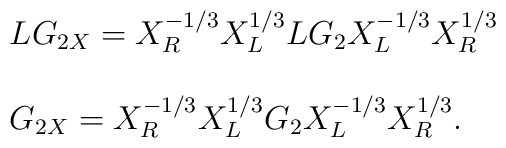
\begin{array}{l}LG_{2X} =X^{-1/3}_{R}X^{1/3}_{L}LG_{2}X^{-1/3}_{L}X^{1/3}_{R} \\ \\G_{2X} = X^{-1/3}_{R}X^{1/3}_{L}G_{2}X^{-1/3}_{L}X^{1/3}_{R}.\\ \\\end{array}